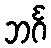
ဘင်္ဂ